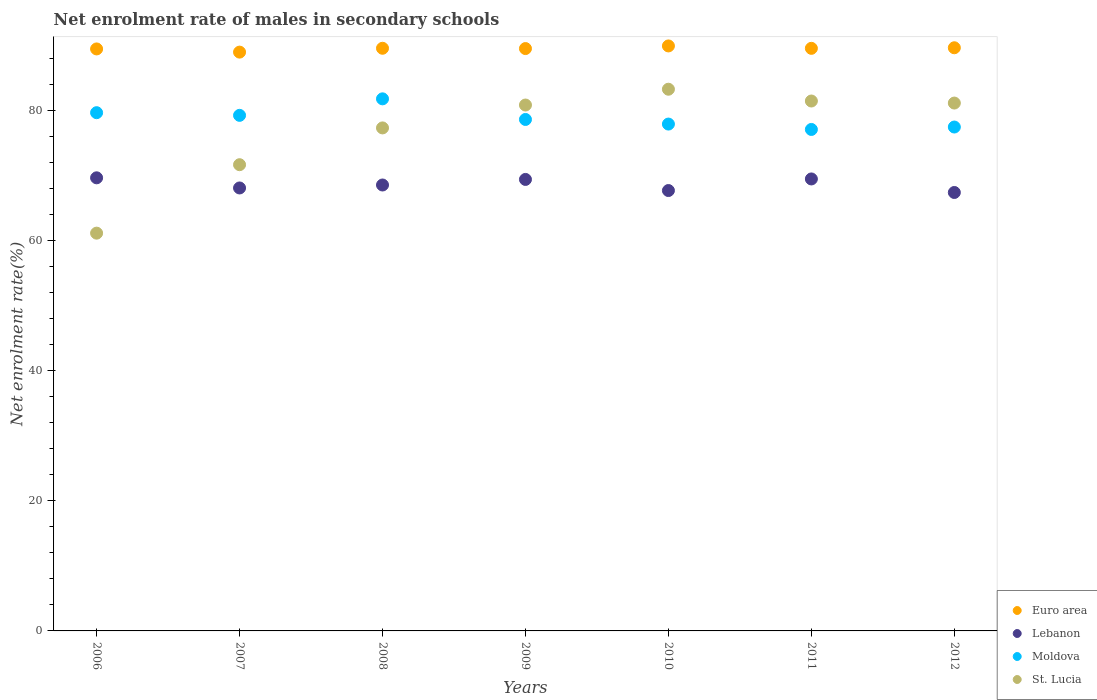
| Years | Euro area | Lebanon | Moldova | St. Lucia |
 | --- | --- | --- | --- | --- |
 | 2006 | 89.5 | 69.7 | 79.7 | 61.2 |
 | 2007 | 89 | 68.1 | 79.3 | 71.7 |
 | 2008 | 89.6 | 68.6 | 81.8 | 77.4 |
 | 2009 | 89.6 | 69.4 | 78.7 | 80.9 |
 | 2010 | 90 | 67.7 | 78 | 83.3 |
 | 2011 | 89.6 | 69.5 | 77.1 | 81.5 |
 | 2012 | 89.7 | 67.4 | 77.5 | 81.2 |